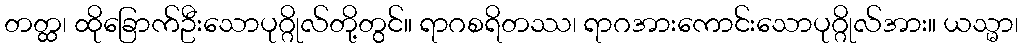
တတ္ထ၊ ထိုခြောက်ဦးသောပုဂ္ဂိုလ်တို့တွင်။ ရာဂစရိတဿ၊ ရာဂအားကောင်းသောပုဂ္ဂိုလ်အား။ ယသ္မာ၊